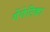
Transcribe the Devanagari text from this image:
गेंगेटिका